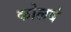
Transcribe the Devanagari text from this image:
कोलबं